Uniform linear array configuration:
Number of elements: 8
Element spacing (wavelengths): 0.5
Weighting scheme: cosine
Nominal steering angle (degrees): -45
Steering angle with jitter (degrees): -44.069
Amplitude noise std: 0.05
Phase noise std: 0.05

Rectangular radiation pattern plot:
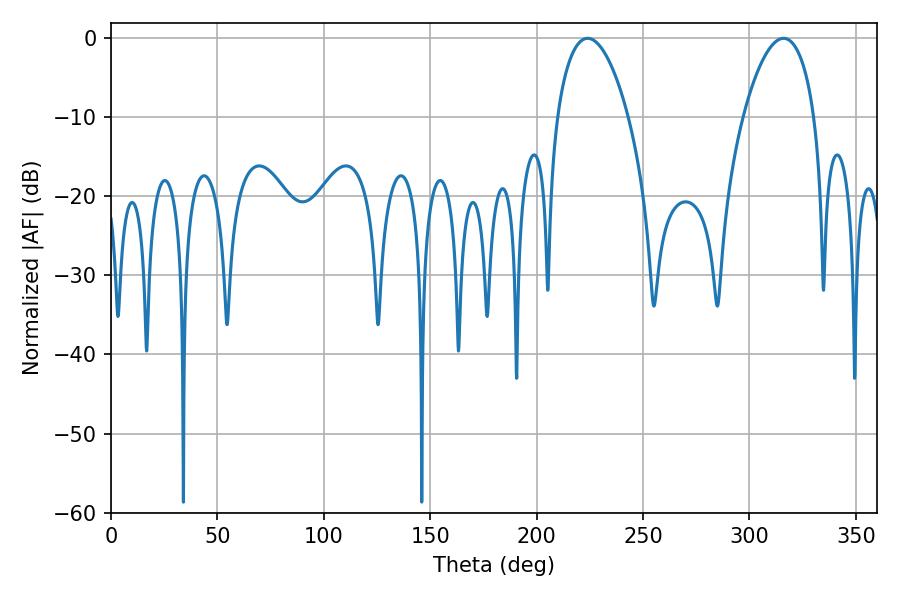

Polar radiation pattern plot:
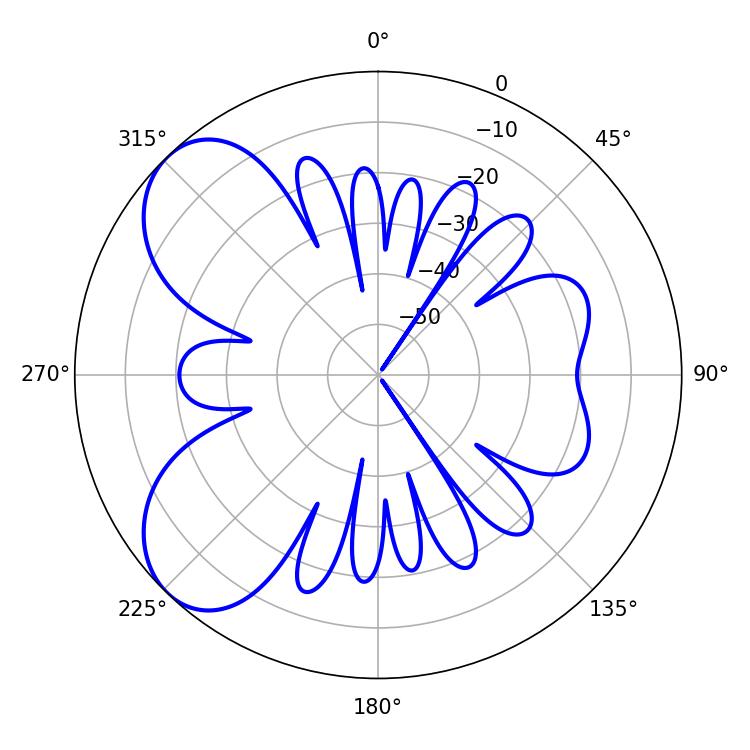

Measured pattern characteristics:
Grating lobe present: FALSE
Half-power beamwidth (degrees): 18.9
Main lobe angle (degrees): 223.92